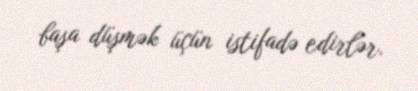
başa düşmək üçün istifadə edirlər.